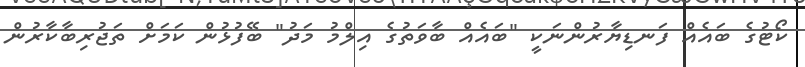
ކޯޓުގެ ބައެއް ފަނޑިޔާރުންނަކީ "ބައެއް ބާވަތުގެ އިލްމު މަދު" ބޭފުޅުން ކަމަށް ތަޖުރިބާކާރުން